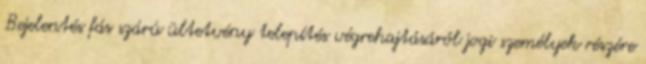
Bejelentés fás szárú ültetvény telepítés végrehajtásáról jogi személyek részére